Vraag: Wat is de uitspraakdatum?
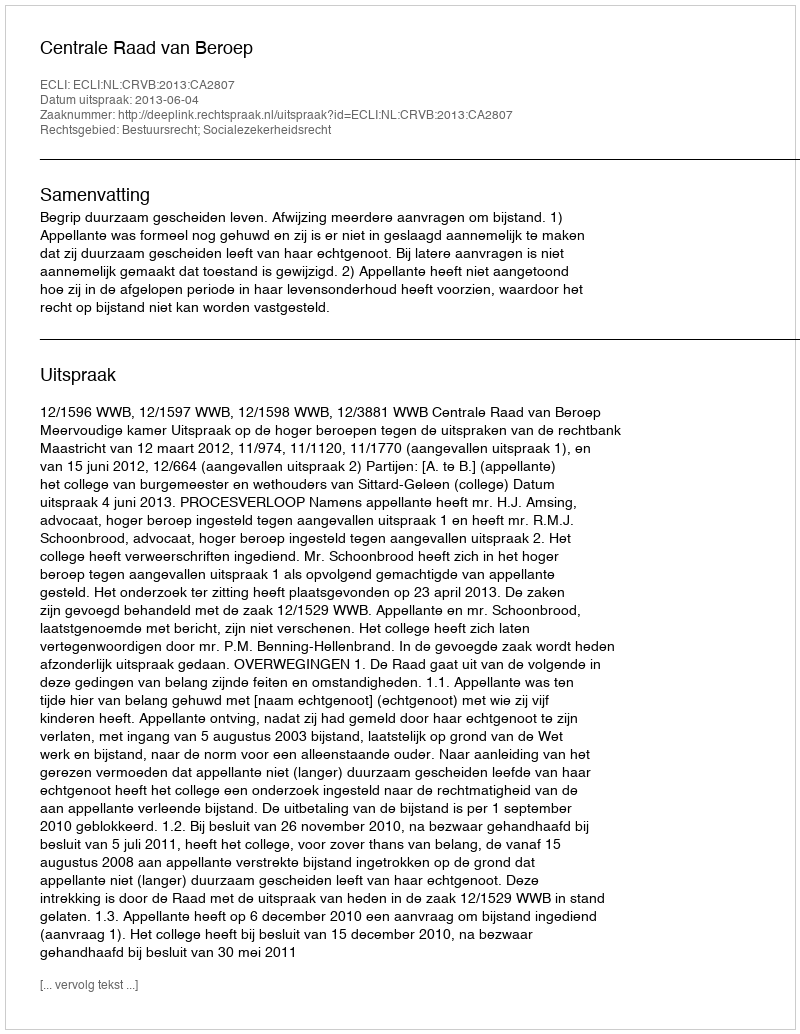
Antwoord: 2013-06-04